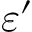
\varepsilon ^ { \prime }